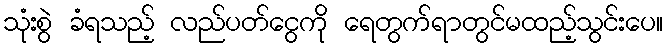
သုံးစွဲ ခံရသည့် လည်ပတ်ငွေကို ရေတွက်ရာတွင်မထည့်သွင်းပေ။